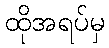
ထိုအရပ်မှ